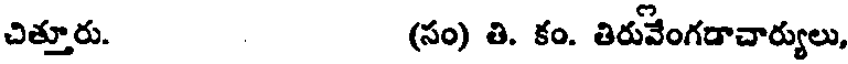
చిత్తూరు. (సం) తి. కం. తిరువేంగడాచార్యులు,